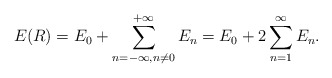
\begin{align*}E(R)=E_0+\sum_{n=-\infty,n\not=0}^{+\infty}E_n=E_0+2\sum_{n=1}^\infty E_n.\end{align*}